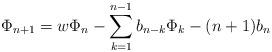
LaTeX: \begin{align*}\Phi_{n+1}=w\Phi_n-\sum\limits_{k=1}^{n-1}b_{n-k}\Phi_k-(n+1)b_n\end{align*}